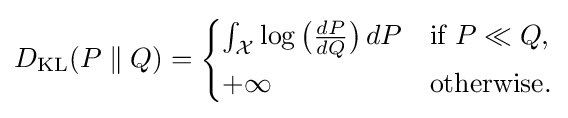
D_{\mathrm {KL} }(P\parallel Q)={\begin{cases}\int _{\mathcal {X}}\log {\bigl (}{\frac {dP}{dQ}}{\bigr )}\,dP&{\text{if }}P\ll Q,\\[1mm]+\infty &{\text{otherwise}}.\end{cases}}